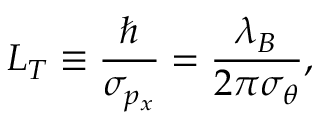
L _ { T } \equiv \frac { \hbar } { \sigma _ { p _ { x } } } = \frac { \lambda _ { B } } { 2 \pi \sigma _ { \theta } } ,